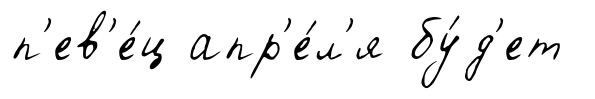
п'ев'е́ц апр'е́л'я бу́д'ет